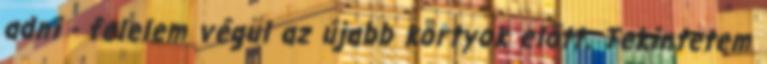
adni - felelem végül az újabb kortyok előtt. Tekintetem